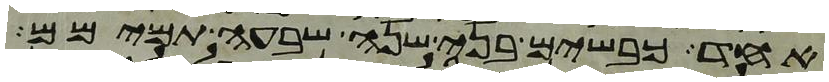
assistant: אחד כבשים בני שנה שבעה תמימם